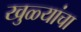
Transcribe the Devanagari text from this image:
खुळ्यांचा